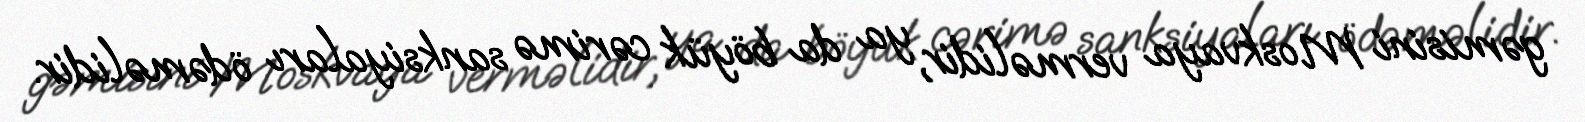
gəmisini Moskvaya verməlidir, ya da böyük cərimə sanksiyaları ödəməlidir.